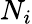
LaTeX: N_{i}